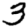
Digit: 3